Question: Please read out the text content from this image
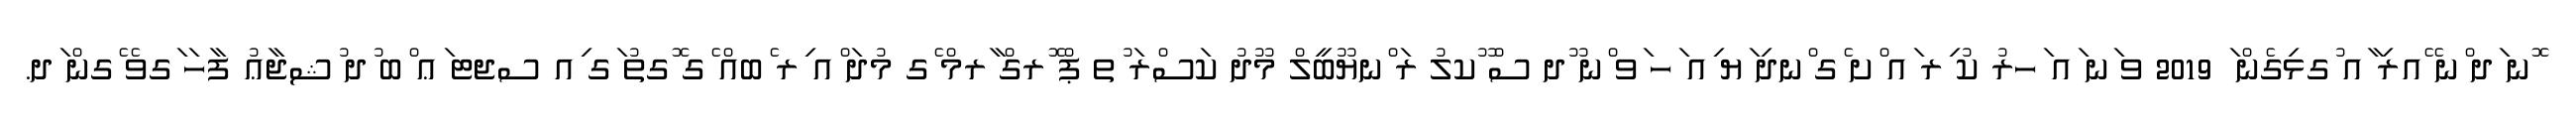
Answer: ޮނ ަދ ްނ ޭއރި ާއ ުގޅިގެން ަ 2019 ވ ަނ ައ ަހރު ކު ިރ ައ ްށ ެގ ްނދި ަޔ ިއ ަހ ަވ ްނ ޫދ ސް ޫކލު ރަ ްނޔޫބީލް މޫދު ކަސްރަ ުތ ޕް ޮރގް ާރމް ެގ މުދަ ްއ ިރ ެބއް ެގ ޮގތު ަގ ިއ ސޖޓ ަޢ ްބ ުދ ުޝޖާޢު ފާހަ ަގވެ ެގން ަދ.